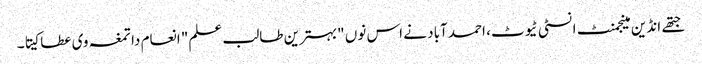
جتھے انڈین مینجمنٹ انسٹی ٹیوٹ، احمد آباد نے اس نوں "بہترین طالب علم" انعام دا تمغہ وی عطا کیتا۔